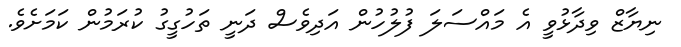
ނިޔާޒް ވިދާޅުވީ އެ މައްސަލަ ފުލުހުން އަދިވެސް ދަނީ ތަހުގީގު ކުރަމުން ކަމަށެވެ.